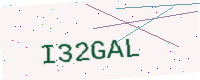
Text: I32GAL